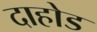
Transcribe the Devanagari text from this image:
दाहोड